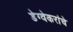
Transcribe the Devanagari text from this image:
डेग्वेकरांचे